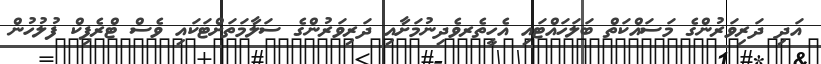
އަދި ދަރިވަރުންގެ މަސައްކަތް ބަލަހައްޓައި އެހީތެރވެދިނުމަށާއި ދަރިވަރުންގެ ސަލާމަތަށްޓަކައި ވެސް ޓްރެފިކް ފުލުހުން